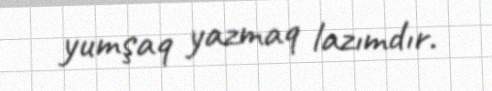
yumşaq yazmaq lazımdır.